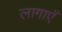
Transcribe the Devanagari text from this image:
लागाएँ